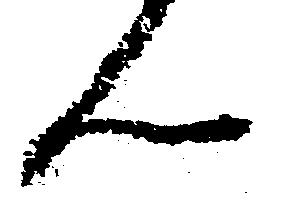
ん